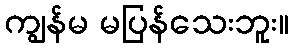
ကျွန်မ မပြန်သေးဘူး။